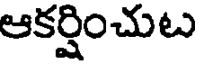
ఆకర్షించుట